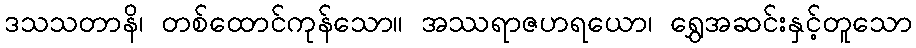
ဒသသတာနိ၊ တစ်ထောင်ကုန်သော။ အဿရာဇဟရယော၊ ရွှေအဆင်းနှင့်တူသော